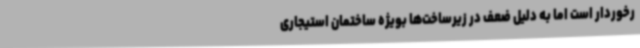
رخوردار است اما به دلیل ضعف در زیرساخت‌ها بویژه ساختمان استیجاری